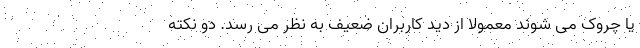
یا چروک می شوند معمولاً از دید کاربران ضعیف به نظر می رسد. دو نکته